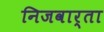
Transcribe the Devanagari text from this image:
निजवार्ता